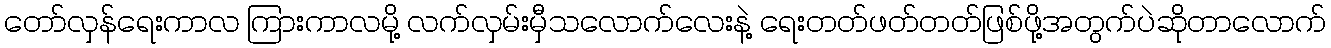
တော်လှန်ရေးကာလ ကြားကာလမို့ လက်လှမ်းမှီသလောက်လေးနဲ့ ရေးတတ်ဖတ်တတ်ဖြစ်ဖို့အတွက်ပဲဆိုတာလောက်